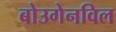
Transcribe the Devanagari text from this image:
बोउगेनविल